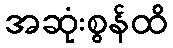
အဆုံးစွန်ထိ